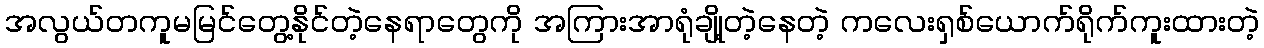
အလွယ်တကူမမြင်တွေ့နိုင်တဲ့နေရာတွေကို အကြားအာရုံချို့တဲ့နေတဲ့ ကလေးရှစ်ယောက်ရိုက်ကူးထားတဲ့